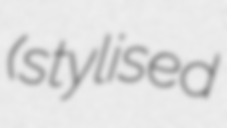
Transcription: (stylised